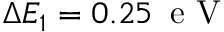
\Delta E _ { 1 } = 0 . 2 5 \, \mathrm { ~ e ~ V ~ }